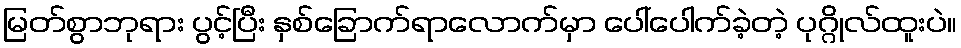
မြတ်စွာဘုရား ပွင့်ပြီး နှစ်ခြောက်ရာလောက်မှာ ပေါ်ပေါက်ခဲ့တဲ့ ပုဂ္ဂိုလ်ထူးပဲ။